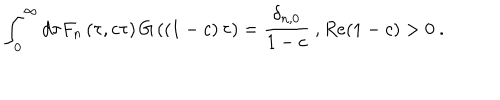
\int _ { 0 } ^ { \infty } d \tau F _ { n } \left( \tau , c \tau \right) G \left( \left( 1 - c \right) \tau \right) = { \frac { \delta _ { n , 0 } } { 1 - c } } \ , R e ( 1 - c ) > 0 \ .